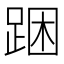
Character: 𨁉